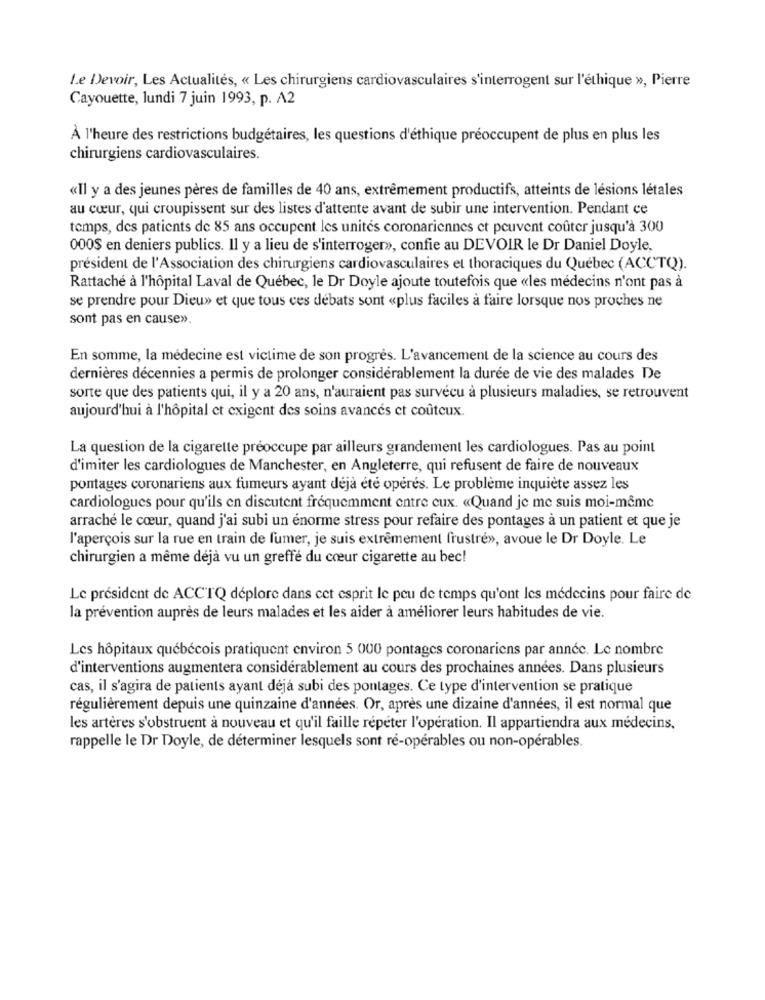
Le Devoir, Les Actualités, « Les chirurgiens cardiovasculaires s'interrogent sur l'éthique », Pierre
Cayouette, lundi 7 juin 1993, p. A2
À l'heure des restrictions budgétaires, les questions d'éthique préoccupent de plus en plus les
chirurgiens cardiovasculaires.
«Il y a des jeunes pères de familles de 40 ans, extrêmement productifs, atteints de lésions létales
au cœur, qui croupissent sur des listes d'attente avant de subir une intervention. Pendant ce
temps, des patients de 85 ans occupent les unités coronariennes et peuvent coûter jusqu'à 300
000$ en deniers publics. Il y a lieu de s'interroger», confie au DEVOIR le Dr Daniel Doyle,
président de l'Association des chirurgiens cardiovasculaires et thoraciques du Québec (ACCTQ).
Rattaché à l'hôpital Laval de Québec, le Dr Doyle ajoute toutefois que «les médecins n'ont pas à
se prendre pour Dieu» et que tous ces débats sont «plus faciles à faire lorsque nos proches ne
sont pas en cause».
En somme, la médecine est victime de son progrès. L'avancement de la science au cours des
dernières décennies a permis de prolonger considérablement la durée de vie des malades De
sorte que des patients qui, il y a 20 ans, n'auraient pas survécu à plusieurs maladies, se retrouvent
aujourd'hui à l'hôpital et exigent des soins avances et coûteux.
La question de la cigarette préoccupe par ailleurs grandement les cardiologues. Pas au point
d'imiter les cardiologues de Manchester, en Angleterre, qui refusent de faire de nouveaux
pontages coronariens aux fumeurs ayant déjà été opérés. Le problème inquiète assez les
cardiologues pour qu'ils en discutent fréquemment entre cux. «Quand je me suis moi-même
arraché le cœur, quand j'ai subi un énorme stress pour refaire des pontages à un patient et que je
l'aperçois sur la rue en train de fumer, je suis extrêmement frustré», avoue le Dr Doyle. Le
chirurgien a même déjà vu un greffé du cœur cigarette au bec!
Le président de ACCTQ déplore dans cet esprit le peu de temps qu'ont les médecins pour faire de
la prévention auprès de leurs malades et les aider à améliorer leurs habitudes de vie.
Les hôpitaux québécois pratiquent environ 5 000 pontages coronariens par année. Le nombre
d'interventions augmentera considérablement au cours des prochaines années. Dans plusieurs
cas, il s'agira de patients ayant déjà subi des pontages. Ce type d'intervention se pratique
régulièrement depuis une quinzaine d'années. Or, après une dizaine d'années, il est normal que
les artères s'obstruent à nouveau et qu'il faille répéter l'opération. Il appartiendra aux médecins.
rappelle le Dr Doyle, de déterminer lesquels sont ré-opérables ou non-opérables.